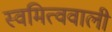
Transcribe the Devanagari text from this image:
स्वमित्ववाली